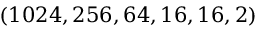
( 1 0 2 4 , 2 5 6 , 6 4 , 1 6 , 1 6 , 2 )